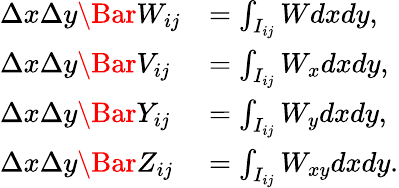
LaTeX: \begin{array}{llll}{\Delta x\Delta y\Bar W_{ij}}&{=\int_{I_{ij}}Wdxdy,}\\ {\Delta x\Delta y\Bar V_{ij}}&{=\int_{I_{ij}}W_{x}dxdy,}\\ {\Delta x\Delta y\Bar Y_{ij}}&{=\int_{I_{ij}}W_{y}dxdy,}\\ {\Delta x\Delta y\Bar Z_{ij}}&{=\int_{I_{ij}}W_{xy}dxdy.}\end{array}